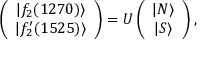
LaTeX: \left( \begin{array} { c } { { | f _ { 2 } ( 1 2 7 0 ) \rangle } } \\ { { | f _ { 2 } ^ { \prime } ( 1 5 2 5 ) \rangle } } \end{array} \right) = U \left( \begin{array} { c } { { | N \rangle } } \\ { { | S \rangle } } \end{array} \right) ,